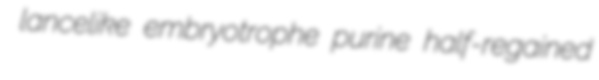
lancelike embryotrophe purine half-regained